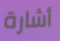
أشارة